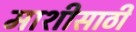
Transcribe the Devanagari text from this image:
माशीसाठी